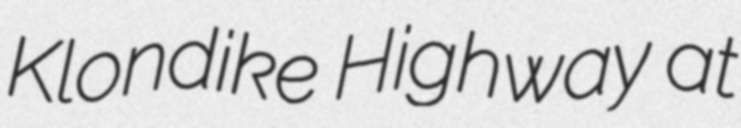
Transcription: Klondike Highway at